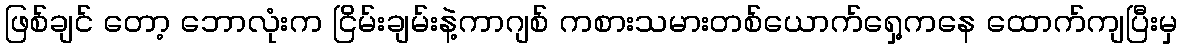
ဖြစ်ချင် တော့ ဘောလုံးက ငြိမ်းချမ်းနဲ့ကာဂျစ် ကစားသမားတစ်ယောက်ရှေ့ကနေ ထောက်ကျပြီးမှ